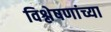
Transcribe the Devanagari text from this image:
विश्लेषणांच्या